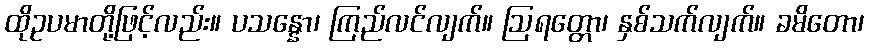
ထိုဥပမာတို့ဖြင့်လည်း။ ပသန္နော၊ ကြည်လင်လျက်။ ဩရတ္တော၊ နှစ်သက်လျက်။ ခမိတော၊